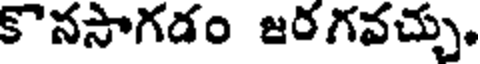
కొనసాగడం జరగవచ్చు.